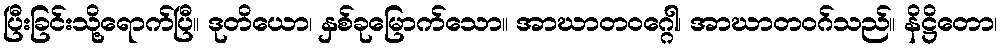
ပြီးခြင်းသို့ရောက်ပြီ။ ဒုတိယော၊ နှစ်ခုမြောက်သော။ အာဃာတဝဂ္ဂေါ၊ အာဃာတဝဂ်သည်။ နိဋ္ဌိတော၊